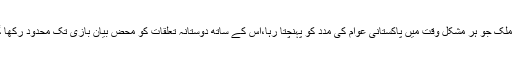
وہ ملک جو ہر مشکل وقت میں پاکستانی عوام کی مدد کو پہنچتا رہا،اُس کے ساتھ دوستانہ تعلقات کو محض بیان بازی تک محدود رکھا گیا۔